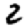
Digit: 2